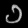
Digit: ၁